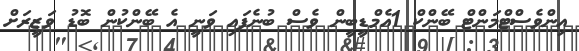
އިންވެސްޓްމަންޓް ބޭންކް 1އެމްޑީބީން ވެސް ބުނެފައި ވަނީ އެ ބޭންކުން ބޮޑު ވަޒީރަށް